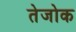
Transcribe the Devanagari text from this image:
तेजोक